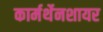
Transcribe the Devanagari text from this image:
कार्मर्थेनशायर